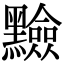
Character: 𪒫